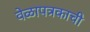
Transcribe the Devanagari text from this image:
वेळापत्रकाची